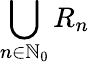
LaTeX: \bigcup_{n\in\mathbb{N}_{0}}R_{n}